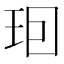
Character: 𤤨